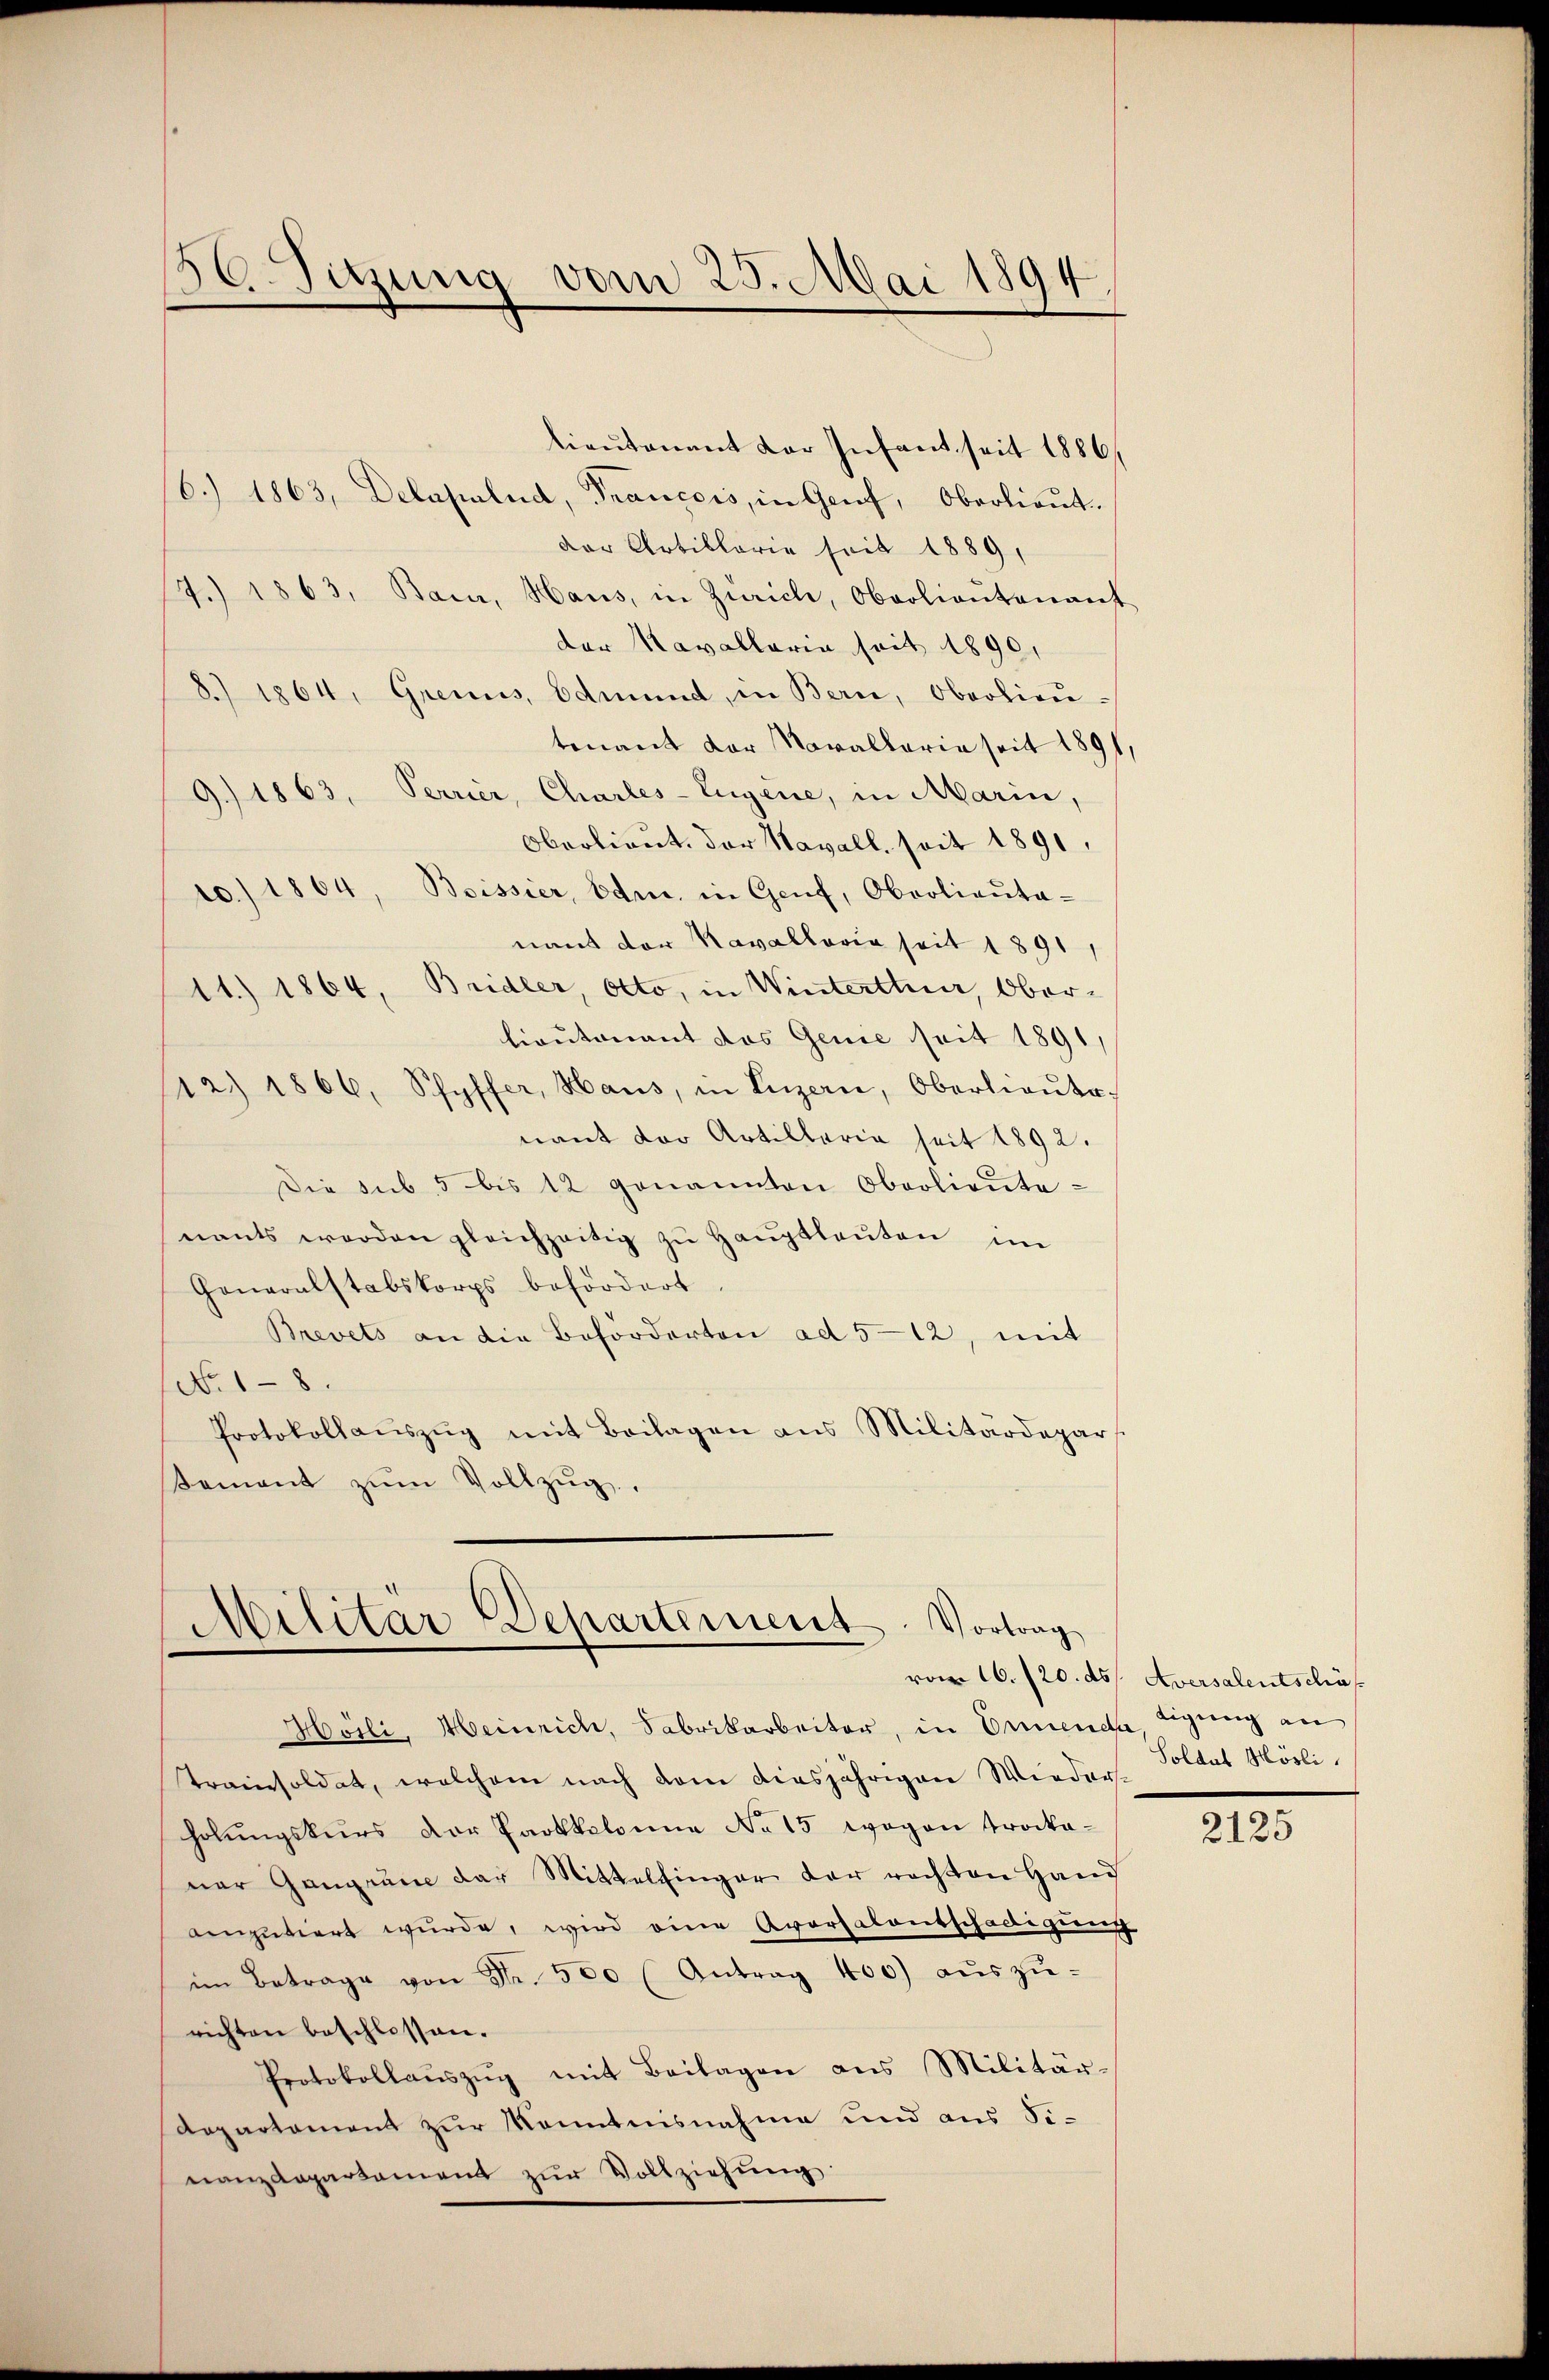
36 Sitzung vom 25. Mai 1894

Oberlieut. der Navall, seit 1891,
10.) 1864, Boissier, Eder, in Genf, Oberlieŭta-
nant der Kavallovia seit 1891
11.) 1864, Bridler, Otto, in Winterttuer, Ober-
lieutenant das Genie seit 1891,
12.) 1866, Pfyffer, Haus, in Luzern, Oberlieŭte
nant der Artillaria seit 1892.
Die sub 5 bis 12 genannten Oberlieŭte
nants werden gleichzeitig zŭ Haŭptleŭten im
Generalstabskorps befördert.
Brevets an die Beförderten ad 512, mit
No. 18.
Protokollaŭszŭg mit Beilagen ans Militärdepar
Semant zŭm Vollzŭg.

Militär Departement. Vortrag
.

lieutenant der Infant seit 1886,
16.) 1863, Delapalud, Français, in Genf, Oberlieŭt.
der Artillarie seit 1889,
7.) 1863, Baur, Haus, in Zürich, Oberlieutenauf
der Kavallaria seit 1890,
8.) 1864, Grenus, Edmund, in Bern, Oberlieutenant der Navallaria seit 1891
9.) 1863, Perrier, Charles-Eigene, in Marin,

vom 16./20. ds Aversalentschäf
Soldat Hösli.

Hoili, Heinrich, Fabrikarbeiter, in Ernene, Tigung an
Trainsoldat, welchem nach dem diesjährigen Wieder-
holŭngskŭrs der Protkolonne No 15 wegen trocka-
ner Ganzen der Mittelfinger der rechten Hand
enputiert wurde, wird eine Aversalentschädigung
im Betrage von Fr. 500 (Antrag 100) aŭszŭ-
richten beschlossen.
Protokollaŭszŭg mit Beilagen ans Militär-
departament zur Kenntnisnahme und aus Finanzdepartament zŭr Vollziehŭng.

2125